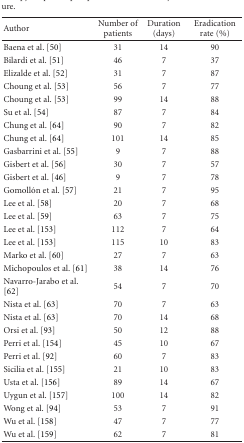
| Author | Number of patients | Duration (days) | Eradication rate (%) |
 | --- | --- | --- | --- |
 | Baena et al. [50] | 31 | 14 | 90 |
 | Bilardi et al. [51] | 46 | 7 | 37 |
 | Elizalde et al. [52] | 31 | 7 | 87 |
 | Choung et al. [53] | 56 | 7 | 77 |
 | Choung et al. [53] | 99 | 14 | 88 |
 | Su et al. [54] | 87 | 7 | 84 |
 | Chung et al. [64] | 90 | 7 | 82 |
 | Chung et al. [64] | 101 | 14 | 85 |
 | Gasbarrini et al. [55] | 9 | 7 | 88 |
 | Gisbert et al. [56] | 30 | 7 | 57 |
 | Gisbert et al. [46] | 9 | 7 | 78 |
 | Gomollón et al. [57] | 21 | 7 | 95 |
 | Lee et al. [58] | 20 | 7 | 68 |
 | Lee et al. [59] | 63 | 7 | 75 |
 | Lee et al. [153] | 112 | 7 | 64 |
 | Lee et al. [153] | 115 | 10 | 83 |
 | Marko et al. [60] | 27 | 7 | 63 |
 | Michopoulos et al. [61] | 38 | 14 | 76 |
 | Navarro-Jarabo et al. [62] | 54 | 7 | 70 |
 | Nista et al. [63] | 70 | 7 | 63 |
 | Nista et al. [63] | 70 | 14 | 68 |
 | Orsi et al. [93] | 50 | 12 | 88 |
 | Perri et al. [154] | 45 | 10 | 67 |
 | Perri et al. [92] | 60 | 7 | 83 |
 | Sicilia et al. [155] | 21 | 10 | 83 |
 | Usta et al. [156] | 89 | 14 | 67 |
 | Uygun et al. [157] | 100 | 14 | 82 |
 | Wong et al. [94] | 53 | 7 | 91 |
 | Wu et al. [158] | 47 | 7 | 77 |
 | Wu et al. [159] | 62 | 7 | 81 |